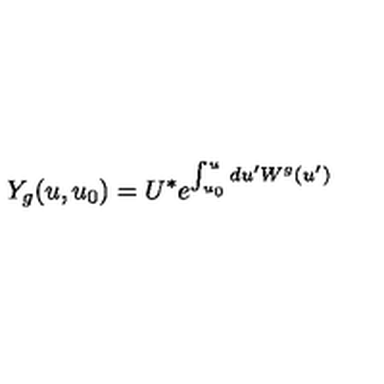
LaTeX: Y _ { g } ( u , u _ { 0 } ) = U ^ { * } e ^ { \int _ { u _ { 0 } } ^ { u } d u ^ { \prime } W ^ { g } ( u ^ { \prime } ) }